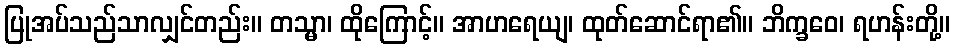
ပြုအပ်သည်သာလျှင်တည်း။ တသ္မာ၊ ထိုကြောင့်။ အာဟရေယျ၊ ထုတ်ဆောင်ရာ၏။ ဘိက္ခဝေ၊ ရဟန်းတို့။